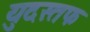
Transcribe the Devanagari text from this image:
युदस्तफ